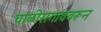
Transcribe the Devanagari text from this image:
चाळीसगाववरून